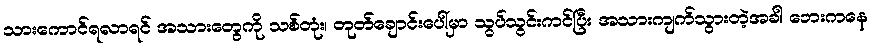
သားကောင်ရလာရင် အသားတွေကို သစ်တုံး၊ တုတ်ချောင်းပေါ်မှာ သွပ်သွင်းကင်ပြီး အသားကျက်သွားတဲ့အခါ ဘေးကနေ